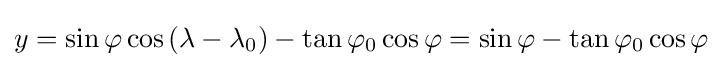
y=\sin \varphi \cos \left(\lambda -\lambda _{0}\right)-\tan \varphi _{0}\cos \varphi =\sin \varphi -\tan \varphi _{0}\cos \varphi